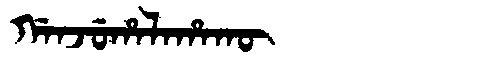
Manchu: ᡤᠠᠨᠵᡠᡥᠠᠯᠠᡥᠠᡴᡡ
Romanization: GANJUHALAHAKŪ